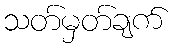
သတ်မှတ်ချက်